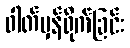
ဓါတ်မှန်ရိုက်ခြင်း